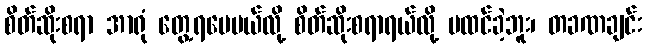
စိတ်ဆိုးစရာ အာရုံ တွေ့ရပေမယ်လို့ စိတ်ဆိုးစရာရယ်လို့ မထင်ခဲ့ဘူး၊ တခဏချင်း